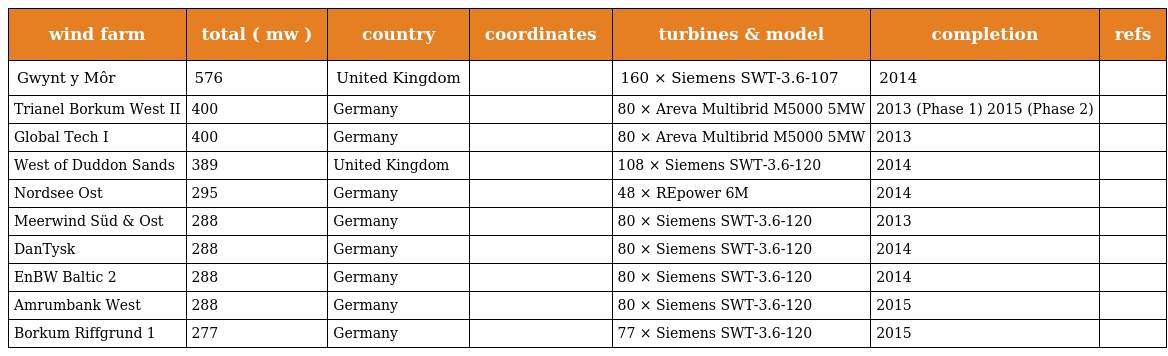
| wind farm | total ( mw ) | country | coordinates | turbines & model | completion | refs |
 | --- | --- | --- | --- | --- | --- | --- |
 | Gwynt y Môr | 576 | United Kingdom |  | 160 × Siemens SWT-3.6-107 | 2014 |  |
 | Trianel Borkum West II | 400 | Germany |  | 80 × Areva Multibrid M5000 5MW | 2013 (Phase 1) 2015 (Phase 2) |  |
 | Global Tech I | 400 | Germany |  | 80 × Areva Multibrid M5000 5MW | 2013 |  |
 | West of Duddon Sands | 389 | United Kingdom |  | 108 × Siemens SWT-3.6-120 | 2014 |  |
 | Nordsee Ost | 295 | Germany |  | 48 × REpower 6M | 2014 |  |
 | Meerwind Süd & Ost | 288 | Germany |  | 80 × Siemens SWT-3.6-120 | 2013 |  |
 | DanTysk | 288 | Germany |  | 80 × Siemens SWT-3.6-120 | 2014 |  |
 | EnBW Baltic 2 | 288 | Germany |  | 80 × Siemens SWT-3.6-120 | 2014 |  |
 | Amrumbank West | 288 | Germany |  | 80 × Siemens SWT-3.6-120 | 2015 |  |
 | Borkum Riffgrund 1 | 277 | Germany |  | 77 × Siemens SWT-3.6-120 | 2015 |  |